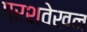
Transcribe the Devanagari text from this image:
प्रश्वेखन